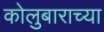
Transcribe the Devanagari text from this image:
कोलुबाराच्या